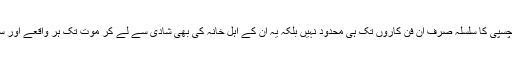
اگر یہ کہا جائے تو تعجب کیسا کہ پرستاروں کی دل چسپی کا سلسلہ صرف ان فن کاروں تک ہی محدود نہیں بلکہ یہ ان کے اہلِ خانہ کی بھی شادی سے لے کر موت تک ہر واقعے اور سرگرمی کے بارے میں جاننے کی جستجو کرتے ہیں۔